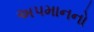
અપમાનનો